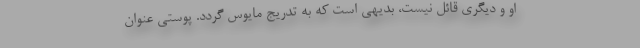
او و دیگری قائل نیست، بدیهی است که به تدریج مایوس گردد. پوستی عنوان